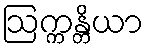
ဩက္ကန္တိယာ